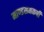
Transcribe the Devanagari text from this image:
माण्डसमकर्षी